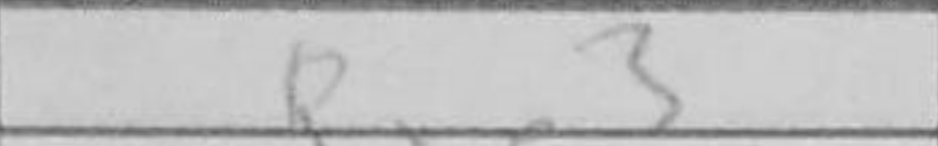
Transcription: Rxe3